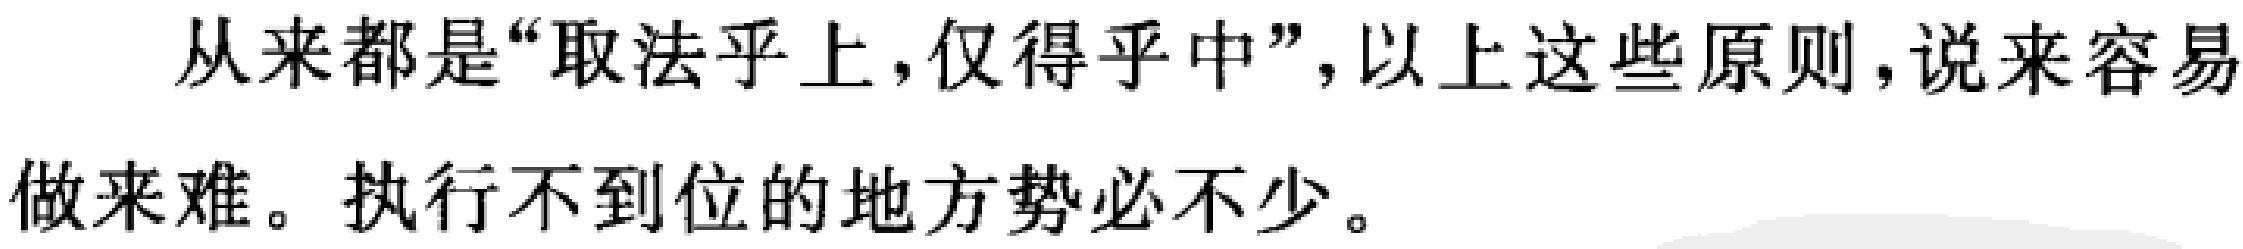
从来都是“取法乎上，仅得乎中”，以上这些原则，说来容易做来难。执行不到位的地方势必不少。